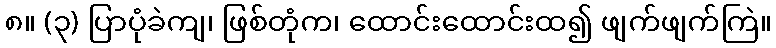
၈။ (၃) ပြာပုံခဲကျ၊ ဖြစ်တုံက၊ ထောင်းထောင်းထ၍ ဖျက်ဖျက်ကြဲ။